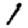
Digit: 1